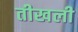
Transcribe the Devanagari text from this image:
तीखली